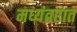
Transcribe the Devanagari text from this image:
मध्यंतरात